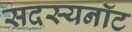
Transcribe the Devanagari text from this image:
सदस्यनॉट